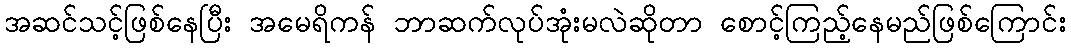
အဆင်သင့်ဖြစ်နေပြီး အမေရိကန် ဘာဆက်လုပ်အုံးမလဲဆိုတာ စောင့်ကြည့်နေမည်ဖြစ်ကြောင်း